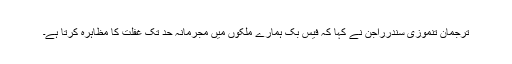
ترجمان تنموزی سندرراجن نے کہا کہ فیس بک ہمارے ملکوں میں مجرمانہ حد تک غفلت کا مظاہرہ کرتا ہے۔